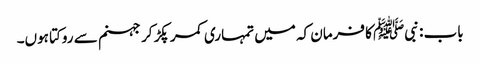
باب : نبیﷺ کا فرمان کہ میں تمہاری کمر پکڑ کر جہنم سے روکتا ہوں۔